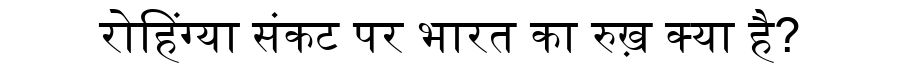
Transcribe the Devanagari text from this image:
रोहिंग्या संकट पर भारत का रुख़ क्या है?